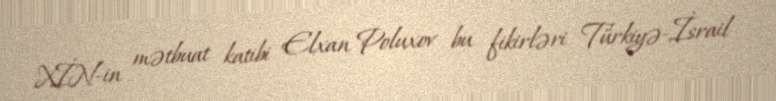
XİN-in mətbuat katibi Elxan Poluxov bu fikirləri Türkiyə-İsrail